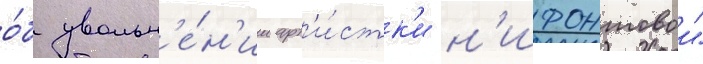
о́б увольн'е́н'ии арт'и́стк'и н'ифонтовои"